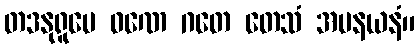
တဒနုရူပေ ဝဏေ ဂတေ တေသံ အပနယနံ။